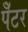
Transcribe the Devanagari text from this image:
पेँटर